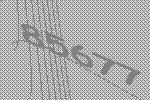
85677